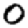
Digit: 0